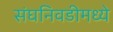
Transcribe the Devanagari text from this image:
संघनिवडीमध्ये